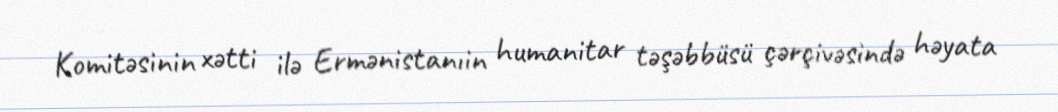
Komitəsinin xətti ilə Ermənistanıin humanitar təşəbbüsü çərçivəsində həyata